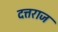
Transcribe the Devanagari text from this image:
दत्तराज